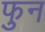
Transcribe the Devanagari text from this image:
फुन